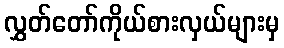
လွှတ်တော်ကိုယ်စားလှယ်များမှ